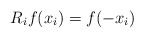
\begin{align*} R_i f(x_i)=f(-x_i)\end{align*}